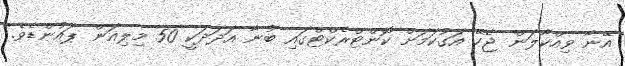
އޭނާ ވިއްކާލަން ޖެހޭ އަގުކަމަށް ކޮންޓްރެކްޓްގައި ބުނާ އަދަދަކީ 50 މިލިއަން ޕައުންޑެވެ.